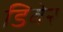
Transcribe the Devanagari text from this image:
डिबेर